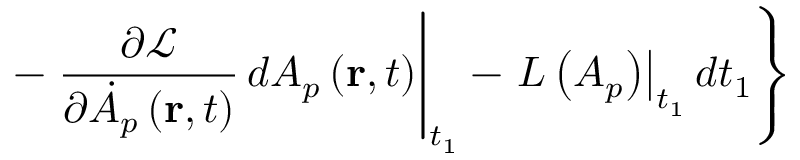
\left. - \left. \frac { \partial \mathcal { L } } { \partial \dot { A } _ { p } \left( \mathbf { r } , t \right) } \, d A _ { p } \left( \mathbf { r } , t \right) \right| _ { t _ { 1 } } - \left. L \left( A _ { p } \right) \right| _ { t _ { 1 } } d t _ { 1 } \right\}